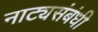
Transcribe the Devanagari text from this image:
नाट्यसंबंधी